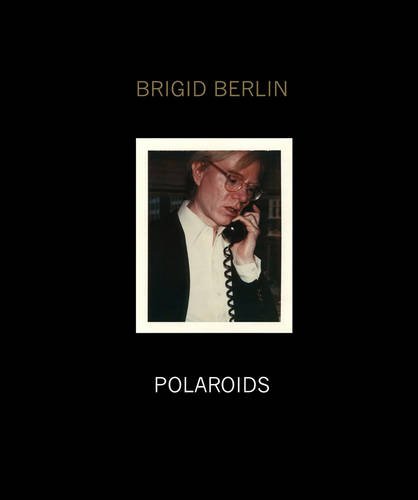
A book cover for Brigid Berlin Polaroids; Arts & Photography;